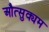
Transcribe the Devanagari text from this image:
औत्सुक्यम